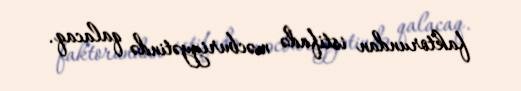
faktorundan istifadə məcburiyyətində qalacaq.